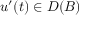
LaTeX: u ^ { \prime } ( t ) \in D ( B )